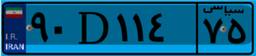
۰۲D۵۲۷۹۰